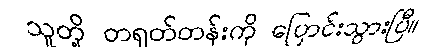
သူတို့ တရုတ်တန်းကို ပြောင်းသွားပြီ။